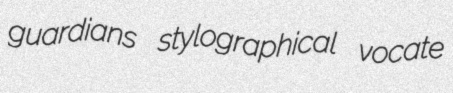
guardians stylographical vocate